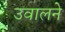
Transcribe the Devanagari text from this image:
उवालने